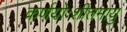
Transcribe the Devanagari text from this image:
कर्णयोःशीतमायु